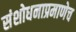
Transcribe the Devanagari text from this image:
संशोधनाप्रमाणेच